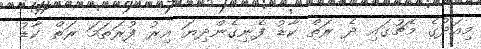
މިއަދުގެ މެޗުގައި ދެ ރަތް ކާޑު ފެނިގެންދިޔަ އިރު ފުރަތަމަ ރަތް ކާޑު